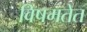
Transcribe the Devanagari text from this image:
विषमतेत